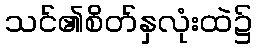
သင်၏စိတ်နှလုံးထဲ၌